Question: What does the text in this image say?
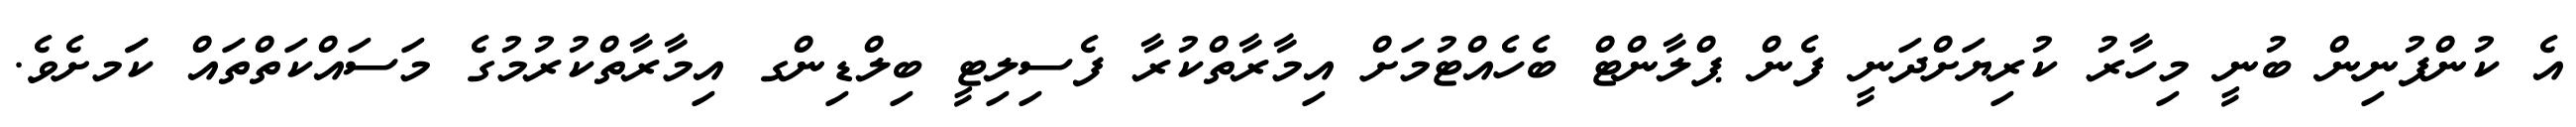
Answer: އެ ކުންފުނިން ބުނީ މިހާރު ކުރިޔަށްދަނީ ފެން ޕްލާންޓް ބެހެއްޓުމަށް އިމާރާތްކުރާ ފެސިލިޓީ ބިލްޑިންގ އިމާރާތްކުރުމުގެ މަސައްކަތްތައް ކަަމށެވެ.